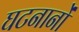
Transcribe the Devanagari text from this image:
घटनानों